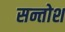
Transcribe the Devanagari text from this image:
सन्तोश